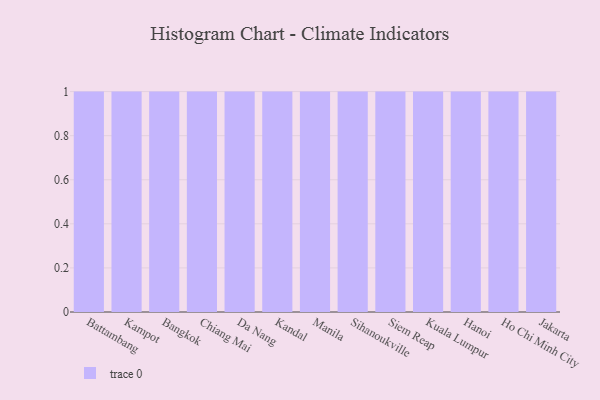
{"axis": {"x": "City", "y": "LTV (USD)"}, "legend": [""], "data": [{"x": "Battambang", "y": 51, "type": ""}, {"x": "Kampot", "y": 82, "type": ""}, {"x": "Bangkok", "y": 26, "type": ""}, {"x": "Chiang Mai", "y": 12, "type": ""}, {"x": "Da Nang", "y": 39, "type": ""}, {"x": "Kandal", "y": 22, "type": ""}, {"x": "Manila", "y": 55, "type": ""}, {"x": "Sihanoukville", "y": 3, "type": ""}, {"x": "Siem Reap", "y": 48, "type": ""}, {"x": "Kuala Lumpur", "y": 9, "type": ""}, {"x": "Hanoi", "y": 94, "type": ""}, {"x": "Ho Chi Minh City", "y": 49, "type": ""}, {"x": "Jakarta", "y": 61, "type": ""}]}